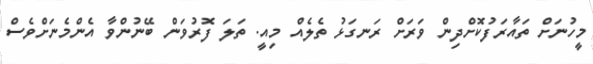
މީހުނަށް ތައާރަފުކޮށްދިން ވަރަށް ރަނގަޅު ތެލެއް މިއީ. ތަލަ ފޮރުވަން ބޭނުންވާ އެންމެނަށްވެސް